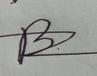
Signature authenticity: forged